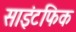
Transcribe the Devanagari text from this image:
साइंटफिक